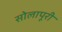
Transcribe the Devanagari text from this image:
सोलापूरी